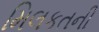
મિલકતની